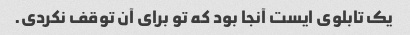
یک تابلوی ایست آنجا بود که تو برای آن توقف نکردی.